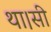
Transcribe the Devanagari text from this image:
था।सी